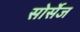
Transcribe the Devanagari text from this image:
सोर्सेज